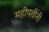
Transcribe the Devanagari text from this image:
महीपतींनी